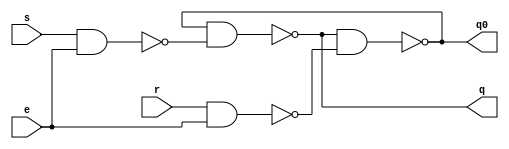
module gated_srl(q,q0,s,r,e);
input s,r,e;
output q,q0;
wire x,y;
nand(x,s,e);
nand(y,r,e);
nand(q,q0,x);
nand(q0,q,y);
endmodule